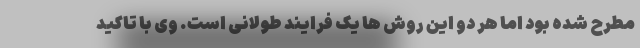
مطرح شده بود اما هر دو این روش ها یک فرایند طولانی است. وی با تاکید